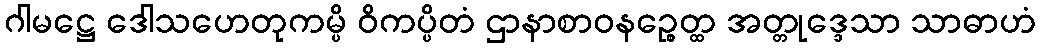
ဂါမဋ္ဌေ ဒေါသဟေတုကမ္ပိ ဝိကပ္ပိတံ ဌာနာစာဝနဉ္စေတ္ထ အတ္တုဒ္ဒေသာ သာဓာဟံ